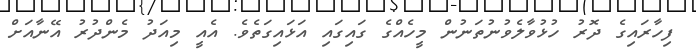
ފިހާރައިގެ ދޮރު ހުޅުވާލެވުނުތަނުން މީހެއްގެ ގައިގައި އަޅައިގަތެވެ. އެއީ މިއަދު މެންދުރު އޭނާއަށް